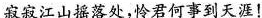
寂寂江山摇落处，怜君何事到天涯！